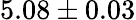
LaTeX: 5.08\pm 0.03